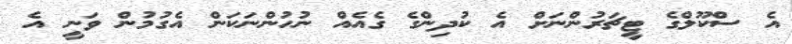
އެ ސްކޫލްގެ ޓީޗަރުންނަށް އެ ކުދިންގެ ގެއެއް ނުހުންނަކަން އެގުމުން ވަނީ އެ